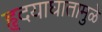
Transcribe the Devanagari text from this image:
हृदयाघातामुळे